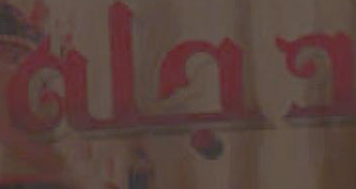
دجلة